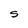
Character: S